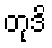
တုဒိ